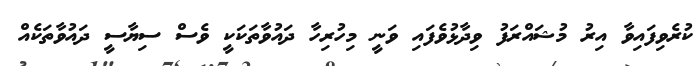
ކުރެވިފައިވާ އިރު މުޝައްރަފު ވިދާޅުވެފައި ވަނީ މިހުރިހާ ދައުވާތަކަކީ ވެސް ސިޔާސީ ދައުވާތަކެއް